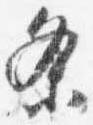
条